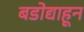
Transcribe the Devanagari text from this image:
बडोद्याहून